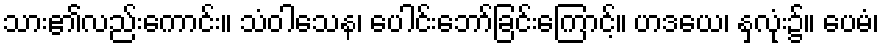
သား၏လည်းကောင်း။ သံဝါသေန၊ ပေါင်းဘော်ခြင်းကြောင့်။ ဟဒယေ၊ နှလုံး၌။ ပေမံ၊